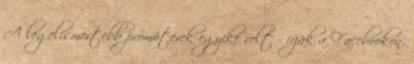
A legelismertebb promóterek egyike volt - írják a Facebookon.